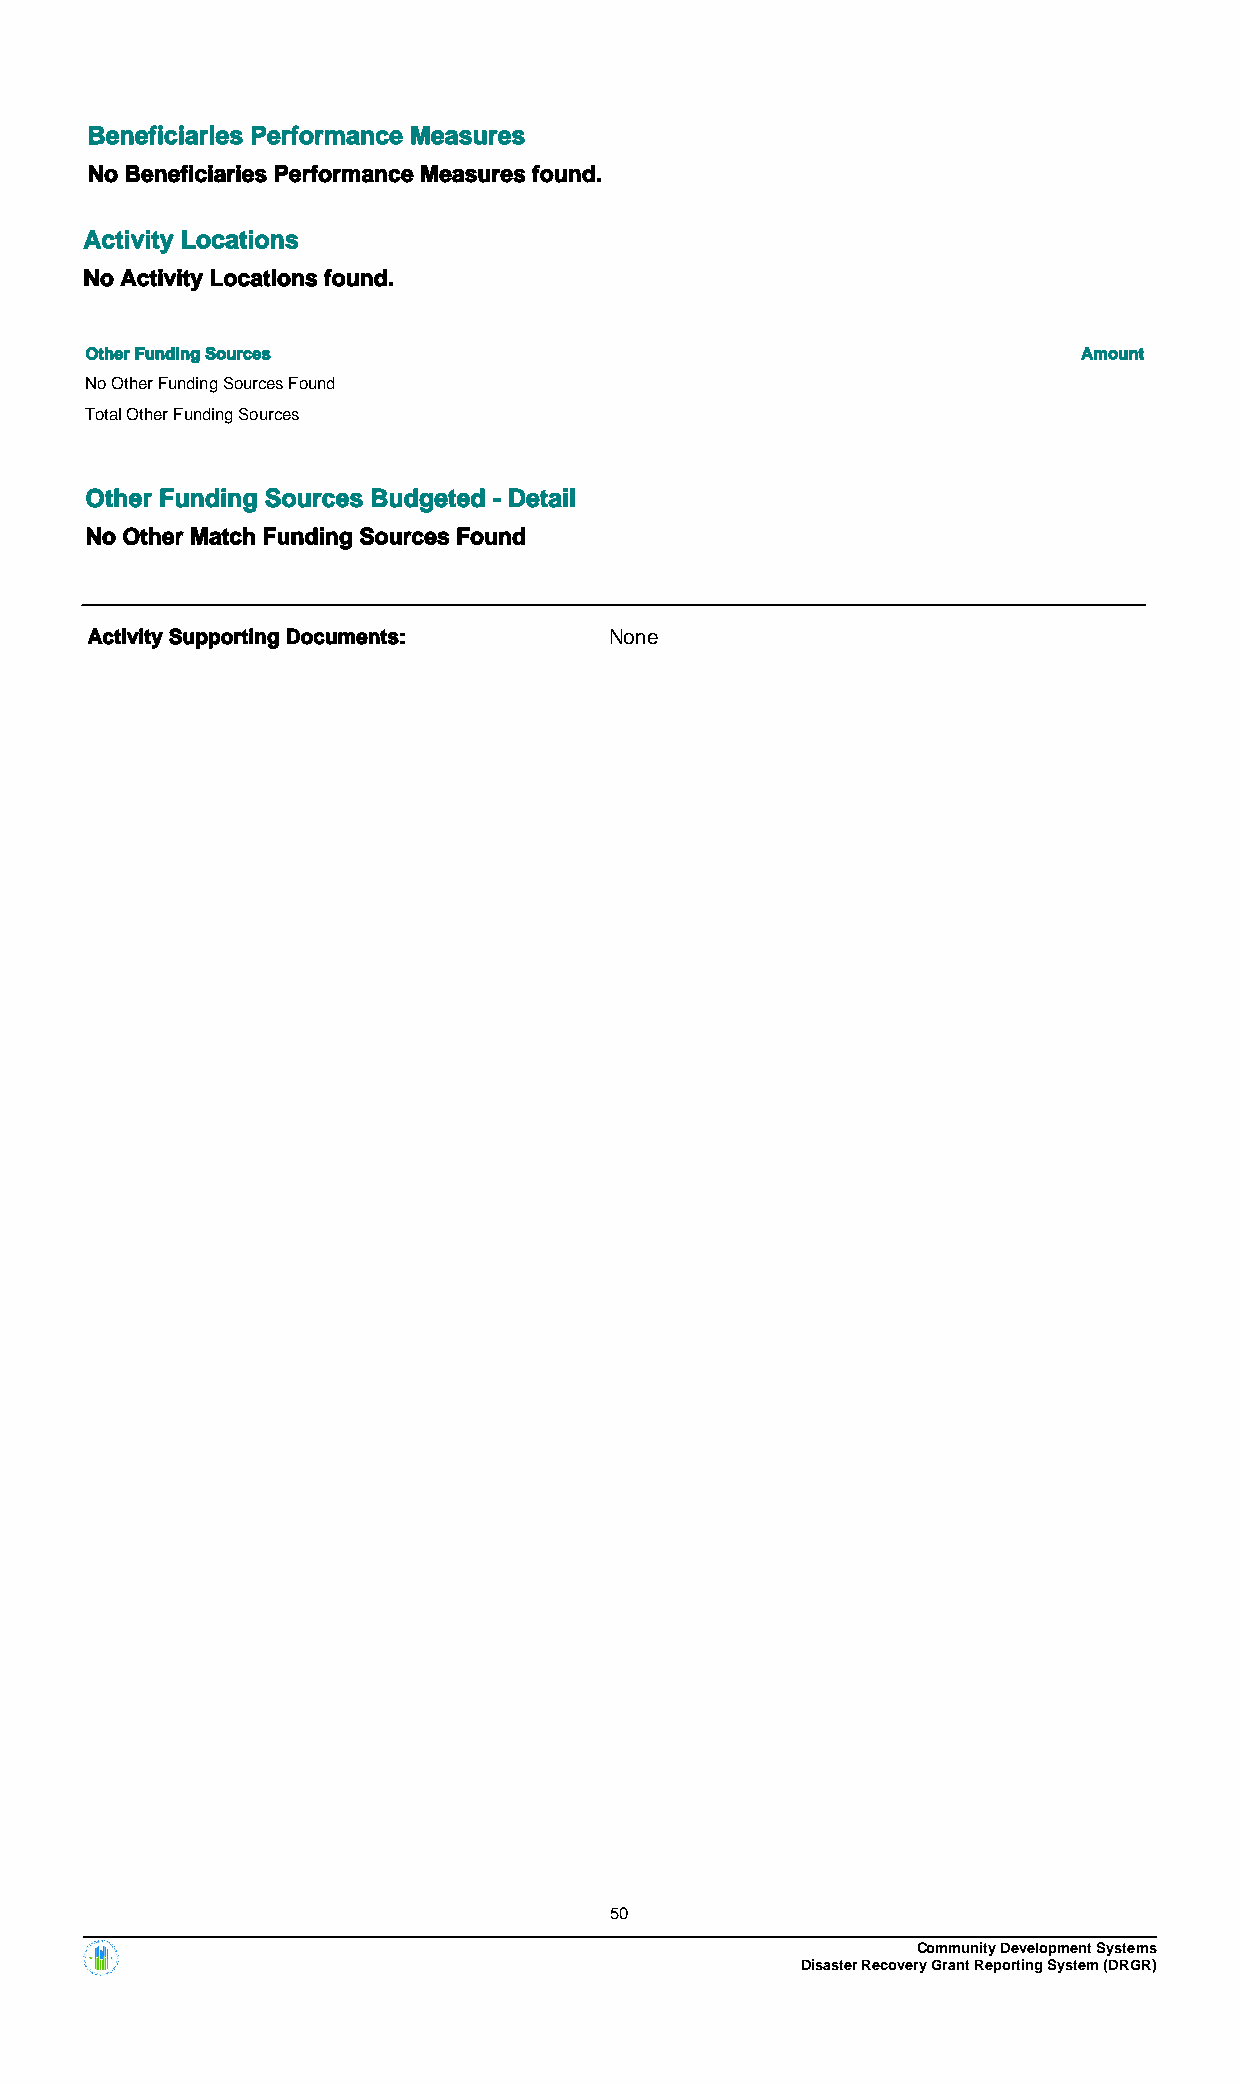
Beneficiaries Performance Measures
 No Beneficiaries Performance Measures found.
 Activity Locations
 No Activity Locations found.
 Other Funding Sources                                             Amount
 No Other Funding Sources Found
 Total Other Funding Sources
 Other Funding Sources Budgeted - Detail
 No Other Match Funding Sources Found
 Activity Supporting Documents:    None
 50
 Community Development Systems
 Disaster Recovery Grant Reporting System (DRGR)